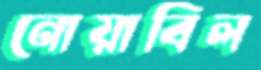
নোয়াবিল